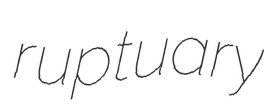
ruptuary